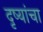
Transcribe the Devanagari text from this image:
दृष्यांचा